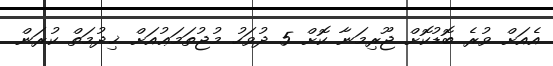
އެއަށް ވުރެ ބޮޑުކޮށް ޖޫރިމަނާ ކޮށް 5 ދުވަހު މުޖުތަމަޢުއަށް ޚިދުމަތް ކުރަން